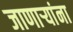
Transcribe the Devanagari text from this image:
जाणार्‍यांना